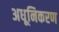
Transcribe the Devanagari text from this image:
अधूनिकरण